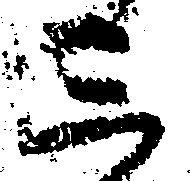
三